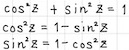
\begin{align*}
\cos^{2}z+\sin^{2}z&=1\\
\cos^{2}z&=1 - \sin^{2}z
\end{align*}